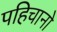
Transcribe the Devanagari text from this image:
पहिचानो